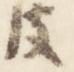
皮